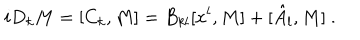
i D _ { k } M = [ C _ { k } , M ] = B _ { k l } [ x ^ { l } , M ] + [ \hat { A } _ { l } , M ] \ .